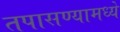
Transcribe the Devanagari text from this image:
तपासण्यामध्ये